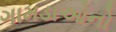
ગામડાઓનો